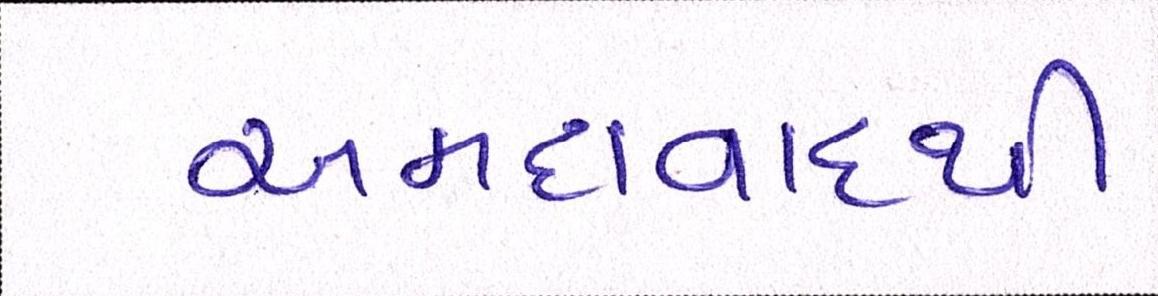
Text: અમદાવાદથી